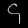
Digit: ၄